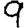
Digit: 9